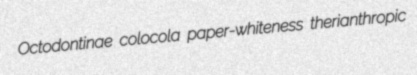
Octodontinae colocola paper-whiteness therianthropic